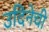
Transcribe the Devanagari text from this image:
उदिनेची